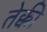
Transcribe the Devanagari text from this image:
तेक्की